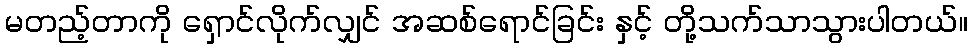
မတည့်တာကို ရှောင်လိုက်လျှင် အဆစ်ရောင်ခြင်း နှင့် တို့သက်သာသွားပါတယ်။